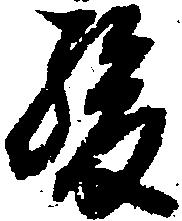
駿